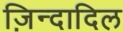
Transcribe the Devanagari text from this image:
ज़िन्दादिल